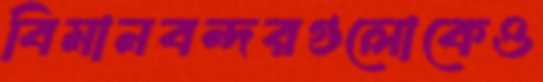
বিমানবন্দরগুলোকেও